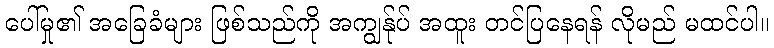
ပေါ်မှု၏ အခြေခံများ ဖြစ်သည်ကို အကျွန်ုပ် အထူး တင်ပြနေရန် လိုမည် မထင်ပါ။